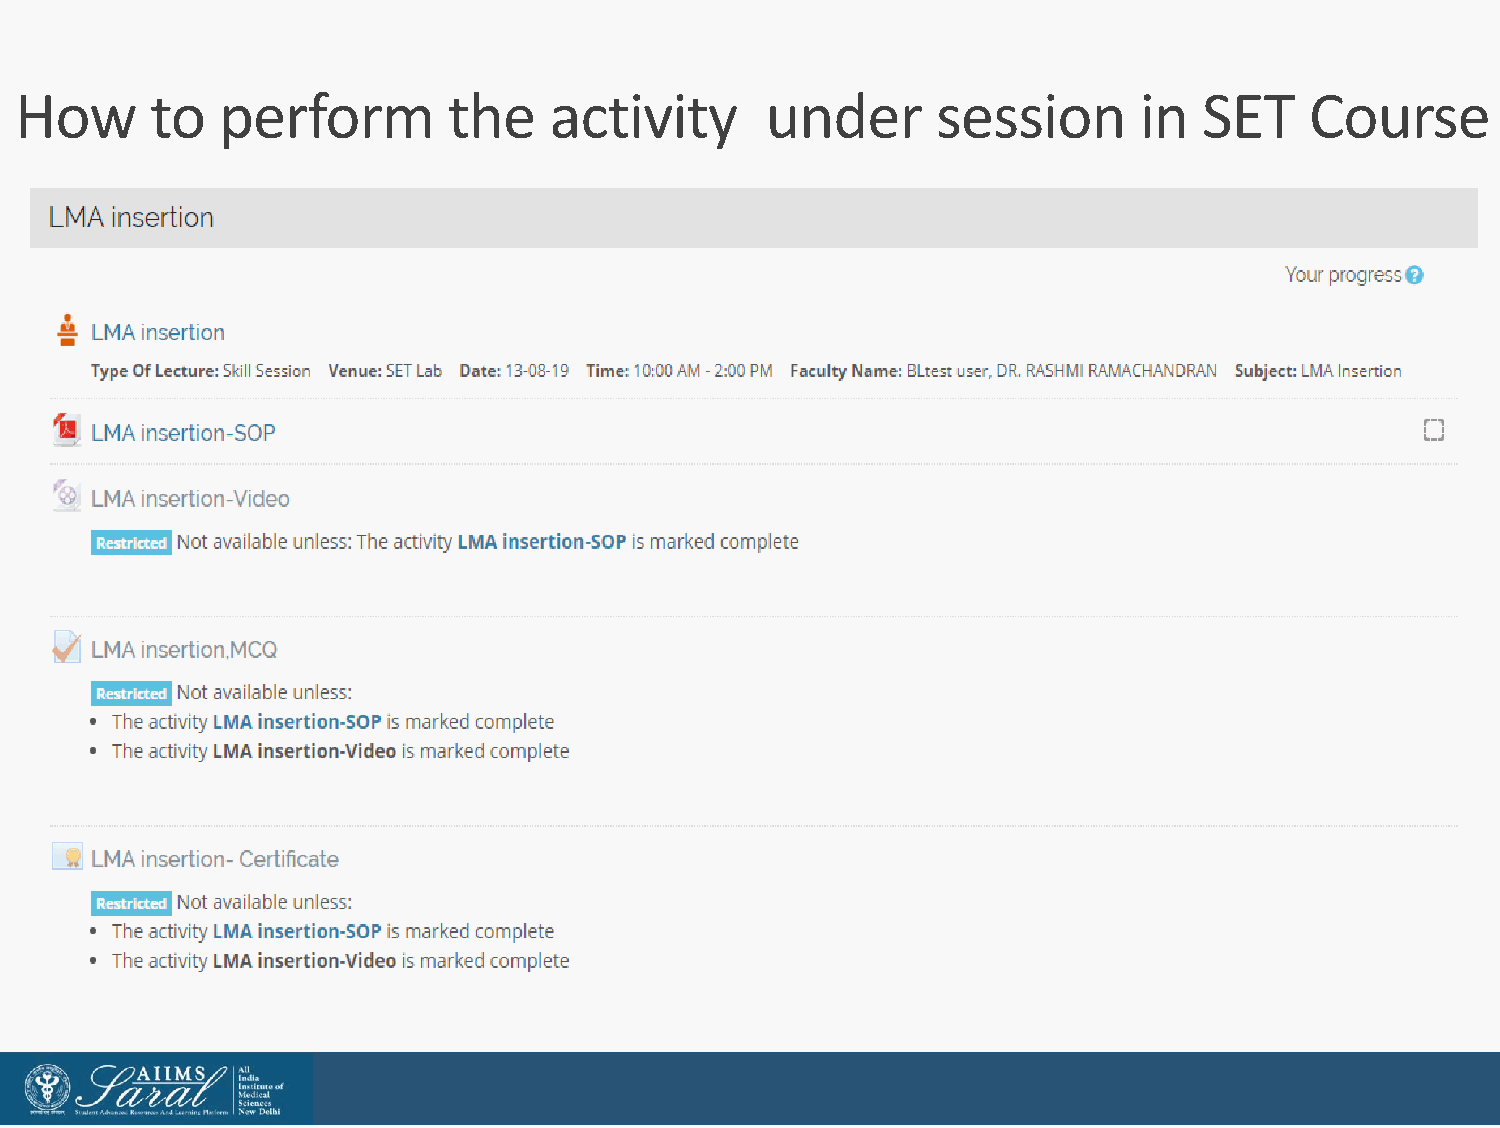
How      to   perform        the   activity       under      session      in   SET    Course